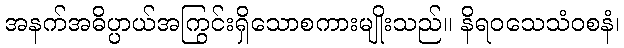
အနက်အဓိပ္ပာယ်အကြွင်းရှိသောစကားမျိုးသည်။ နိရဝသေသံဝစနံ၊